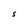
Character: S